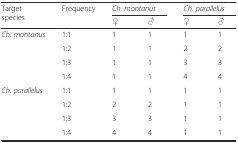
| <ROWSPAN=2> Target species | <ROWSPAN=2> Frequency | <COLSPAN=2> Ch. montanus | <COLSPAN=2> Ch. parallelus |
 | ♀ | ♂ | ♀ | ♂ |
 | --- | --- | --- | --- | --- | --- |
 | <ROWSPAN=4> Ch. montanus | 1:1 | 1 | 1 | 1 | 1 |
 | 1:2 | 1 | 1 | 2 | 2 |
 | 1:3 | 1 | 1 | 3 | 3 |
 | 1:4 | 1 | 1 | 4 | 4 |
 | <ROWSPAN=4> Ch. parallelus | 1:1 | 1 | 1 | 1 | 1 |
 | 1:2 | 2 | 2 | 1 | 1 |
 | 1:3 | 3 | 3 | 1 | 1 |
 | 1:4 | 4 | 4 | 1 | 1 |